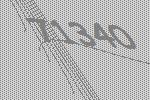
71340